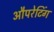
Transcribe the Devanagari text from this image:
औपरेटिंग